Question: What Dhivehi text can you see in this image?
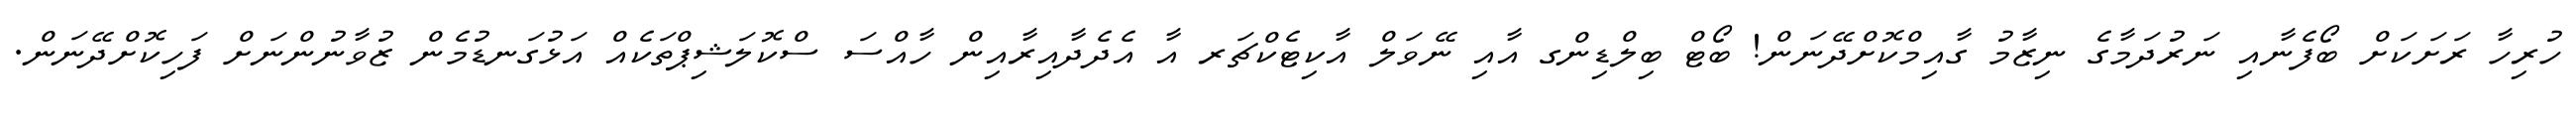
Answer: ހުރިހާ ރަށަކަށް ބޯފެނާއި ނަރުދަމާގެ ނިޒާމު ގާއިމްކޮށްދޭނަން! ބޯޓް ބިލްޑިންގ އާއި ނޭވަލް އާކިޓެކްޗަރ އާ އެދެދާއިރާއިން ހާއްސަ ސްކޮލަޝިޕްތަކެއް އަޅުގަނޑުމެން ޒުވާނުންނަށް ފަހިކޮށްދޭނަން.